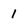
Character: 1